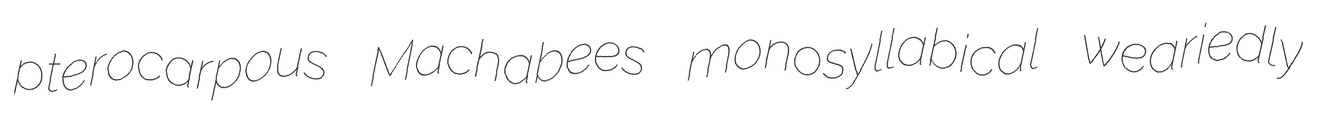
pterocarpous Machabees monosyllabical weariedly